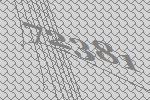
72381